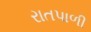
રાતપાળી